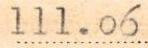
111.06